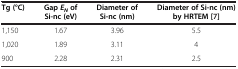
| Tg (°C) | Gap EN of Si-nc (eV) | Diameter of Si-nc (nm) | Diameter of Si-nc (nm) by HRTEM [[7]] |
 | --- | --- | --- | --- |
 | 1,150 | 1.67 | 3.96 | 5.5 |
 | 1,020 | 1.89 | 3.11 | 4 |
 | 900 | 2.28 | 2.31 | 2.5 |